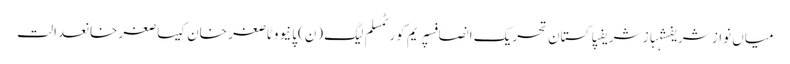
میاں نواز شریفشہباز شریفپاکستان تحریک انصافسپریم کورٹمسلم لیگ (ن)پانیووٹاصغر خان کیساصغر خانعدالت